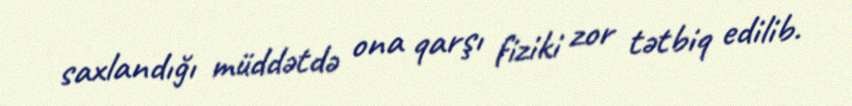
saxlandığı müddətdə ona qarşı fiziki zor tətbiq edilib.